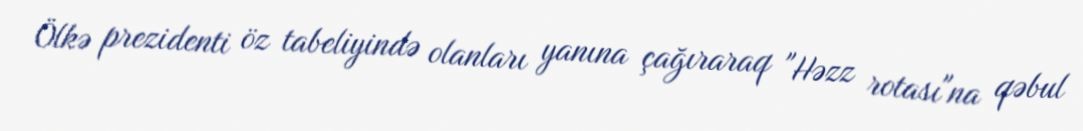
Ölkə prezidenti öz tabeliyində olanları yanına çağıraraq "Həzz rotası"na qəbul